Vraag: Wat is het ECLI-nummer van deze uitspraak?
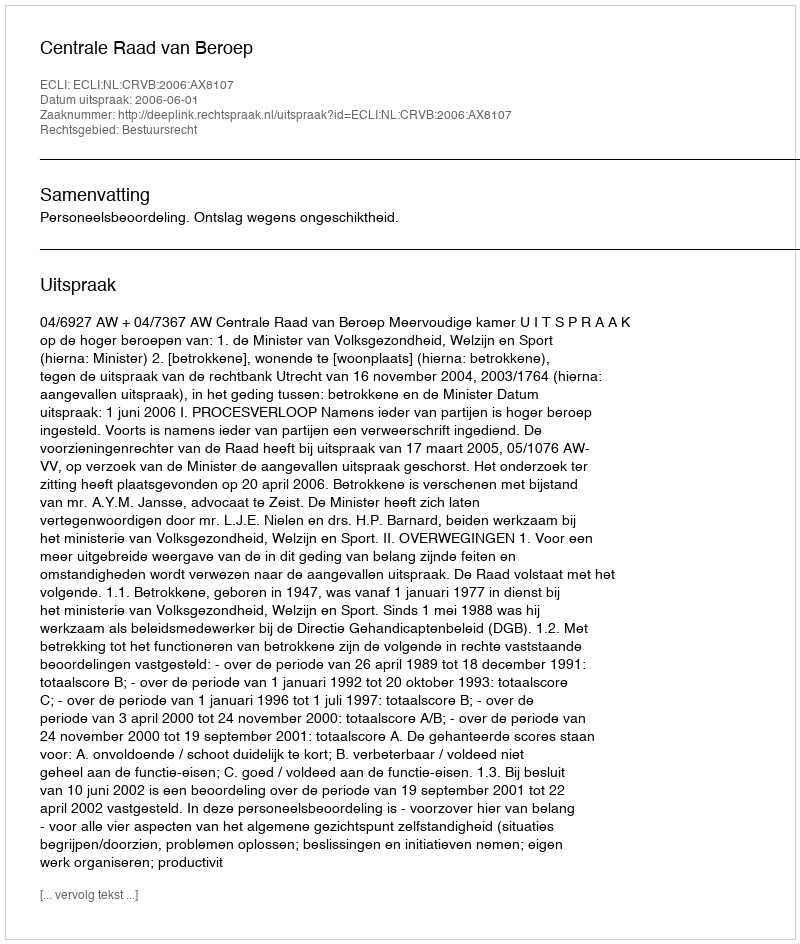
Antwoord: ECLI:NL:CRVB:2006:AX8107